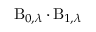
\operatorname { B } _ { 0 , \lambda } \cdot \operatorname { B } _ { 1 , \lambda }